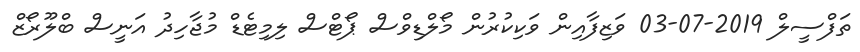
ތަފްސީލް 2019-07-03 ވަޒިފާއިން ވަކިކުރުން މޯލްޑިވްސް ޕޯޓްސް ލިމިޓެޑް މުޖާހިދު އަނީސް ބްލޫރޯޒް